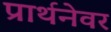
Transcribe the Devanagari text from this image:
प्रार्थनेवर